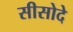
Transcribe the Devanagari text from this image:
सीसोदे